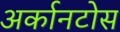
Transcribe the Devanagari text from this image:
अर्कानटोस